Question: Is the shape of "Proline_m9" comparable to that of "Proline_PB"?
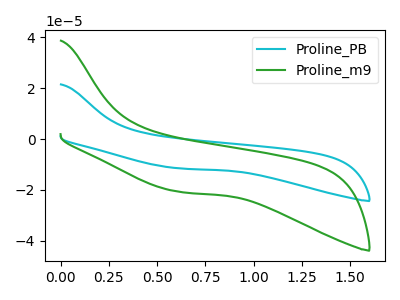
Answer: <think>The cyan curve "Proline_PB" has no peaks. The green curve "Proline_m9" has no peaks.
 Neither "Proline_m9" or "Proline_PB" have any peaks.</think>
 <answer>"Proline_m9" and "Proline_PB" are similar in shape.</answer>
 <eval>same_shape</eval>